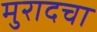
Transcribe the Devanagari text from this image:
मुरादचा